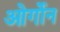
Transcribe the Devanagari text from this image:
ओर्गोन